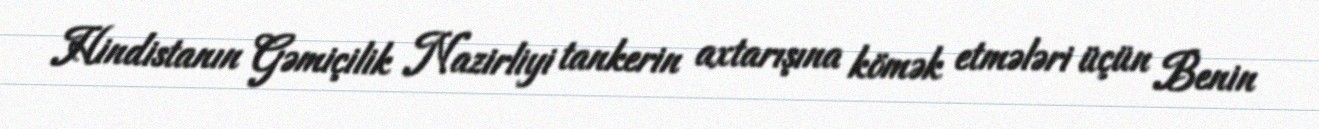
Hindistanın Gəmiçilik Nazirliyi tankerin axtarışına kömək etmələri üçün Benin